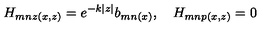
H _ { m n z ( x , z ) } = e ^ { - k | z | } b _ { m n ( x ) } , \quad H _ { m n p ( x , z ) } = 0